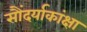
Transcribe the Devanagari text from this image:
सौंदर्याकांक्षा